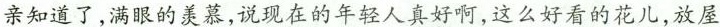
亲知道了,满眼的羡慕,说现在的年轻人真好啊,这么好看的花儿,放屋